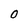
Character: O